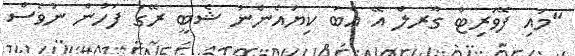
"މައި ފޭވަރިޓް ގާރލް އޭ އެބަ ކިޔައެންނު ޝެބީ ރޭގަ ފަހުން ނުވެސް